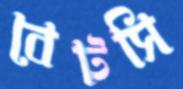
বেটসি